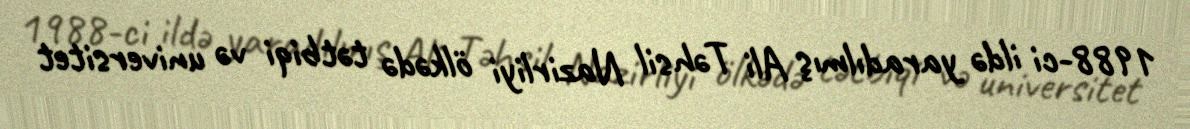
1988-ci ildə yaradılmış Ali Təhsil Nazirliyi ölkədə tətbiqi və universitet